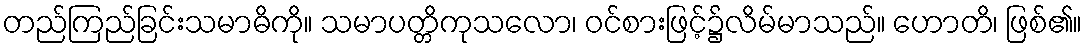
တည်ကြည်ခြင်းသမာဓိကို။ သမာပတ္တိကုသလော၊ ဝင်စားဖြင့်၌လိမ်မာသည်။ ဟောတိ၊ ဖြစ်၏။